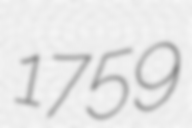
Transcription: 1759